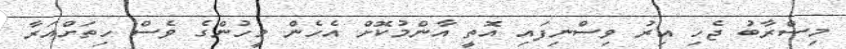
މިސްރާބު ޖެހި އިރު ވިސްނިފައި އޮތީ އާންމުކޮށް އެހެން މީހުންގެ ވެސް ހިތަށްއަރާ